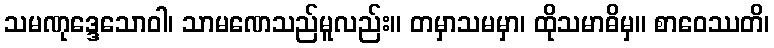
သမဏုဒ္ဒေသောဝါ၊ သာမဏေသည်မူလည်း။ တမှာသမမှာ၊ ထိုသမာဓိမှ။ စာဝေဿတိ၊